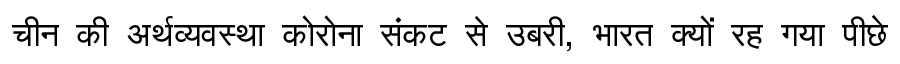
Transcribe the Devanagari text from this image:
चीन की अर्थव्यवस्था कोरोना संकट से उबरी, भारत क्यों रह गया पीछे